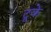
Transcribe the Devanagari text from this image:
टूके